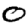
Digit: 0